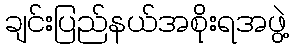
ချင်းပြည်နယ်အစိုးရအဖွဲ့